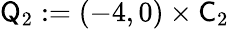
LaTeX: \mathsf Q_{2}:=(-4,0)\times\mathsf C_{2}